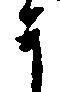
于